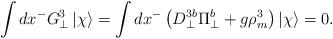
LaTeX: \begin{align*}\int dx^- G_{\bot}^3 \, |\chi \rangle =\int dx^- \left ( D_{\bot}^{3b} \Pi_{\bot}^b + g\rho_m^3 \right )|\chi \rangle =0.\end{align*}